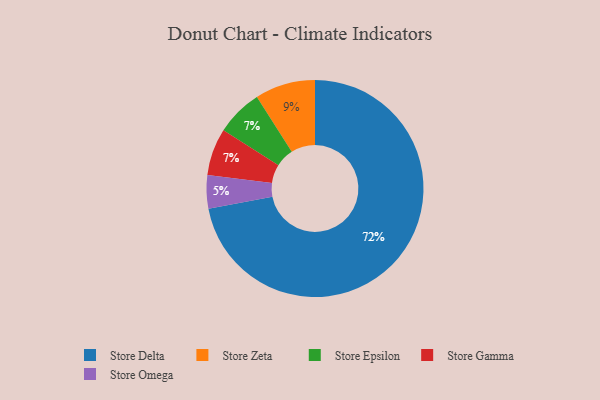
{"axis": {"x": "Category", "y": "Percentage"}, "legend": ["Store Delta", "Store Epsilon", "Store Gamma", "Store Omega", "Store Zeta"], "data": [{"x": "Store Epsilon", "y": 7, "type": "Store Epsilon"}, {"x": "Store Omega", "y": 5, "type": "Store Omega"}, {"x": "Store Gamma", "y": 7, "type": "Store Gamma"}, {"x": "Store Delta", "y": 72, "type": "Store Delta"}, {"x": "Store Zeta", "y": 9, "type": "Store Zeta"}]}